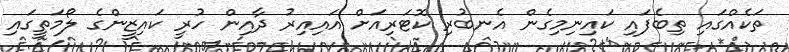
ތަކެއްގައި ތިބެފައި ކައިނިމިގެން އެނބުރި ކޮޓަރިއަށް އައިއިރު ދާއިން ހުރީ ކައިޒީންގެ ލޯމަތީގައި